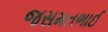
જસમતભાઈ